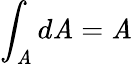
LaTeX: \int_{\mathit{A}}d\mathit{A}=\mathit{A}